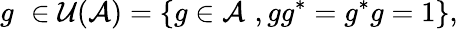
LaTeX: g\, \, \in{\cal U}({\cal A})=\{ g\in{\cal A}\, \, ,gg^{*}=g^{*}g=1\} ,